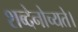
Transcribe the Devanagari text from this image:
शब्देनोच्यते।